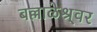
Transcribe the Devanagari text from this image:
बल्लाळेश्र्वर